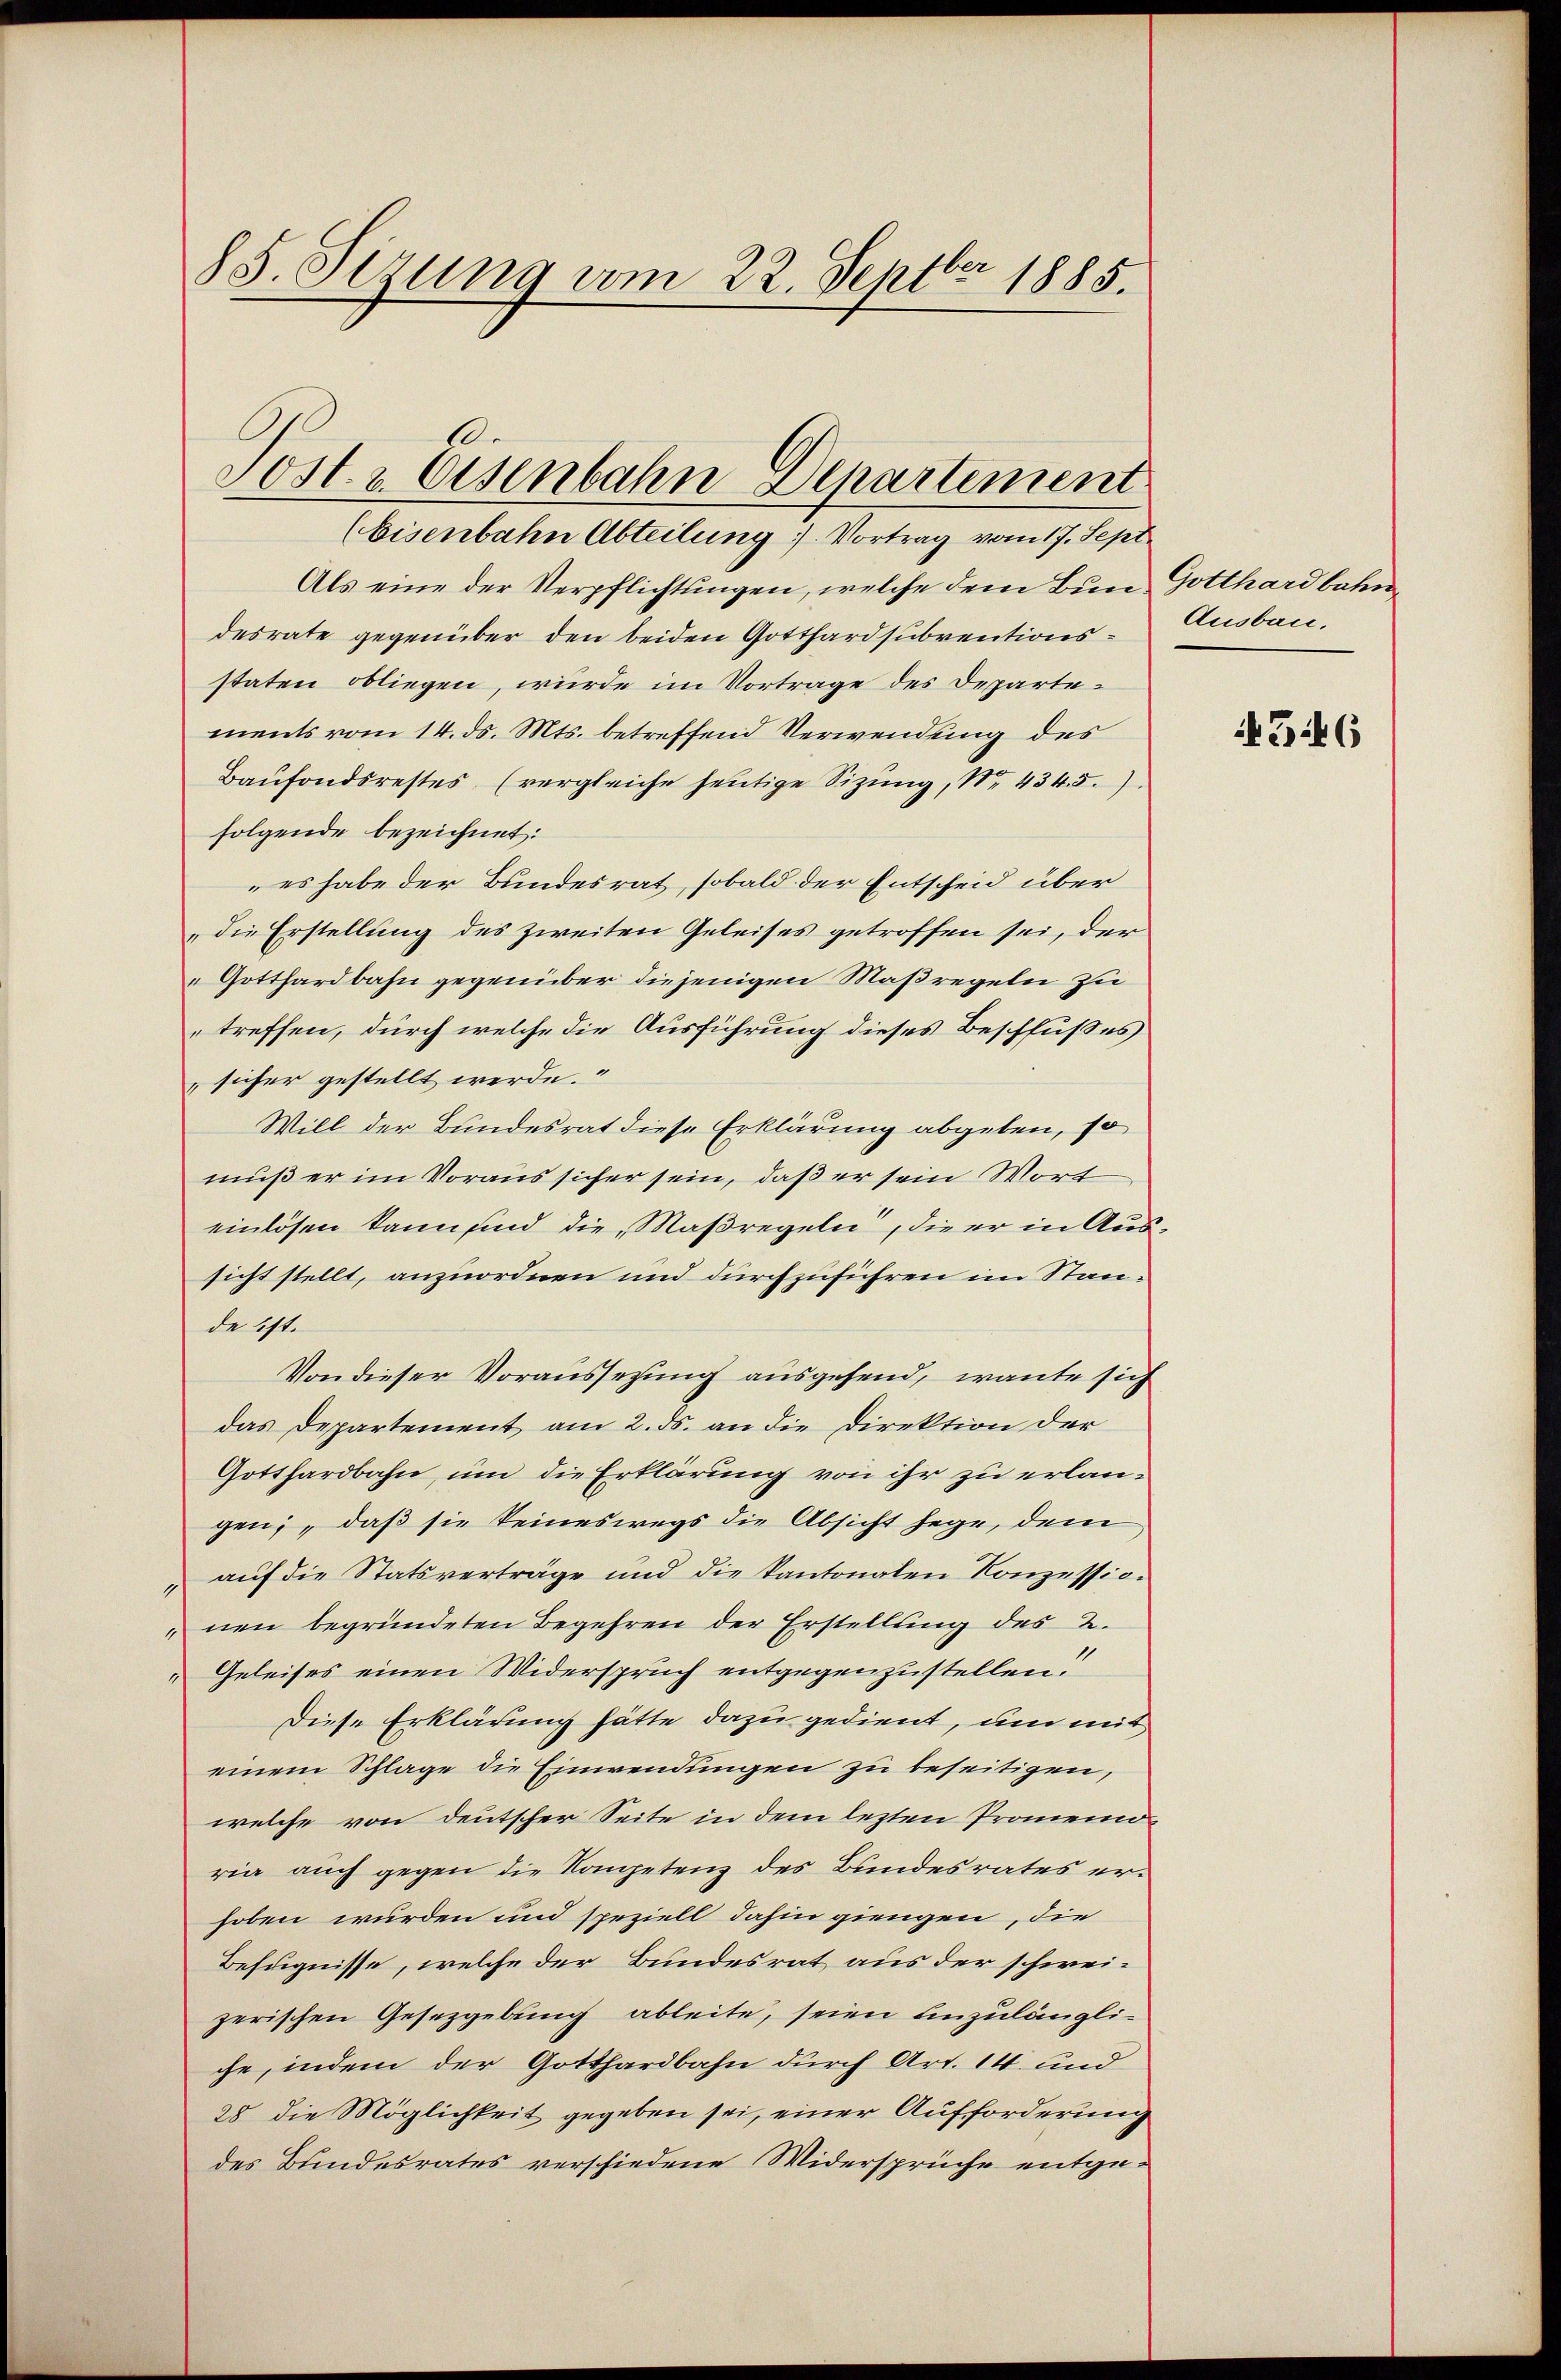
88. Sizung vom 22. Septbr 1885.

Post & Eisenbahn Departement
(Eisenbahn Abteilung. Vortrag vom 17. Sept.

Als eine der Verpflichtungen, welche dem Bun Gotthardbahndesrate gegenüber den beiden Gotthardsubventions-Ansbau,
staten obliegen, wurde im Vortrage des Departements vom 14. ds. Mts. betreffend Verwendung des
Baŭfondsrestes. (vergleiche heŭtige Sizŭng, No. 434.5.)
folgende bezeichnet:
es habe der Bundesrat, sobald der Entscheid über
die Erstellung des zweiten Geleises getroffen sei, der
„Gotthardbahn gegenüber diejenigen Maßregeln zu
treffen, durch welche die Ausführung dieses Beschlußes
sicher gestellt werde.
Will der Bundesrat diese Erklärung abgeben, so
muß er im Voraus sicher sein, daß er sein Wort
einlösen kann sind die Maßregeln, die er in Aussicht stellt, anzuordnen und durchzuführen im Stande ist.
Von dieser Voraussetzung ausgehend, wante sich
das Departement am 2. ds. an die Direktion der
Gotthardbahn, um die Erklärung von ihr zu erlangen, daß sie keineswegs die Absicht hege, dem
 auf die Statsverträge und die kantonalen Konzessio.
nen begründeten Begehren der Erstellung des 2.
Geleises einen Widerspruch entgegenzustellen.
Diese Erklärung hätte dazu gedient, um mit
einem Schlage die Einwendungen zu beseitigen,
welche von deutscher Seite in dem lezten Promemoria auch gegen die Kompetenz des Bundesrates erhoben wurden und speziell dahin giengen, die
Befugnisse, welche der Bundesrat aus der schwei-
zerischen Gesetzgebung ableite, seien anzulängliche, indem der Gotthardbahn durch Art. 14. und
28 die Möglichkeit gegeben sei, einer Aufforderung
des Bundesrates verschiedene Widersprüche entge¬

4346